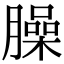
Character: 臊